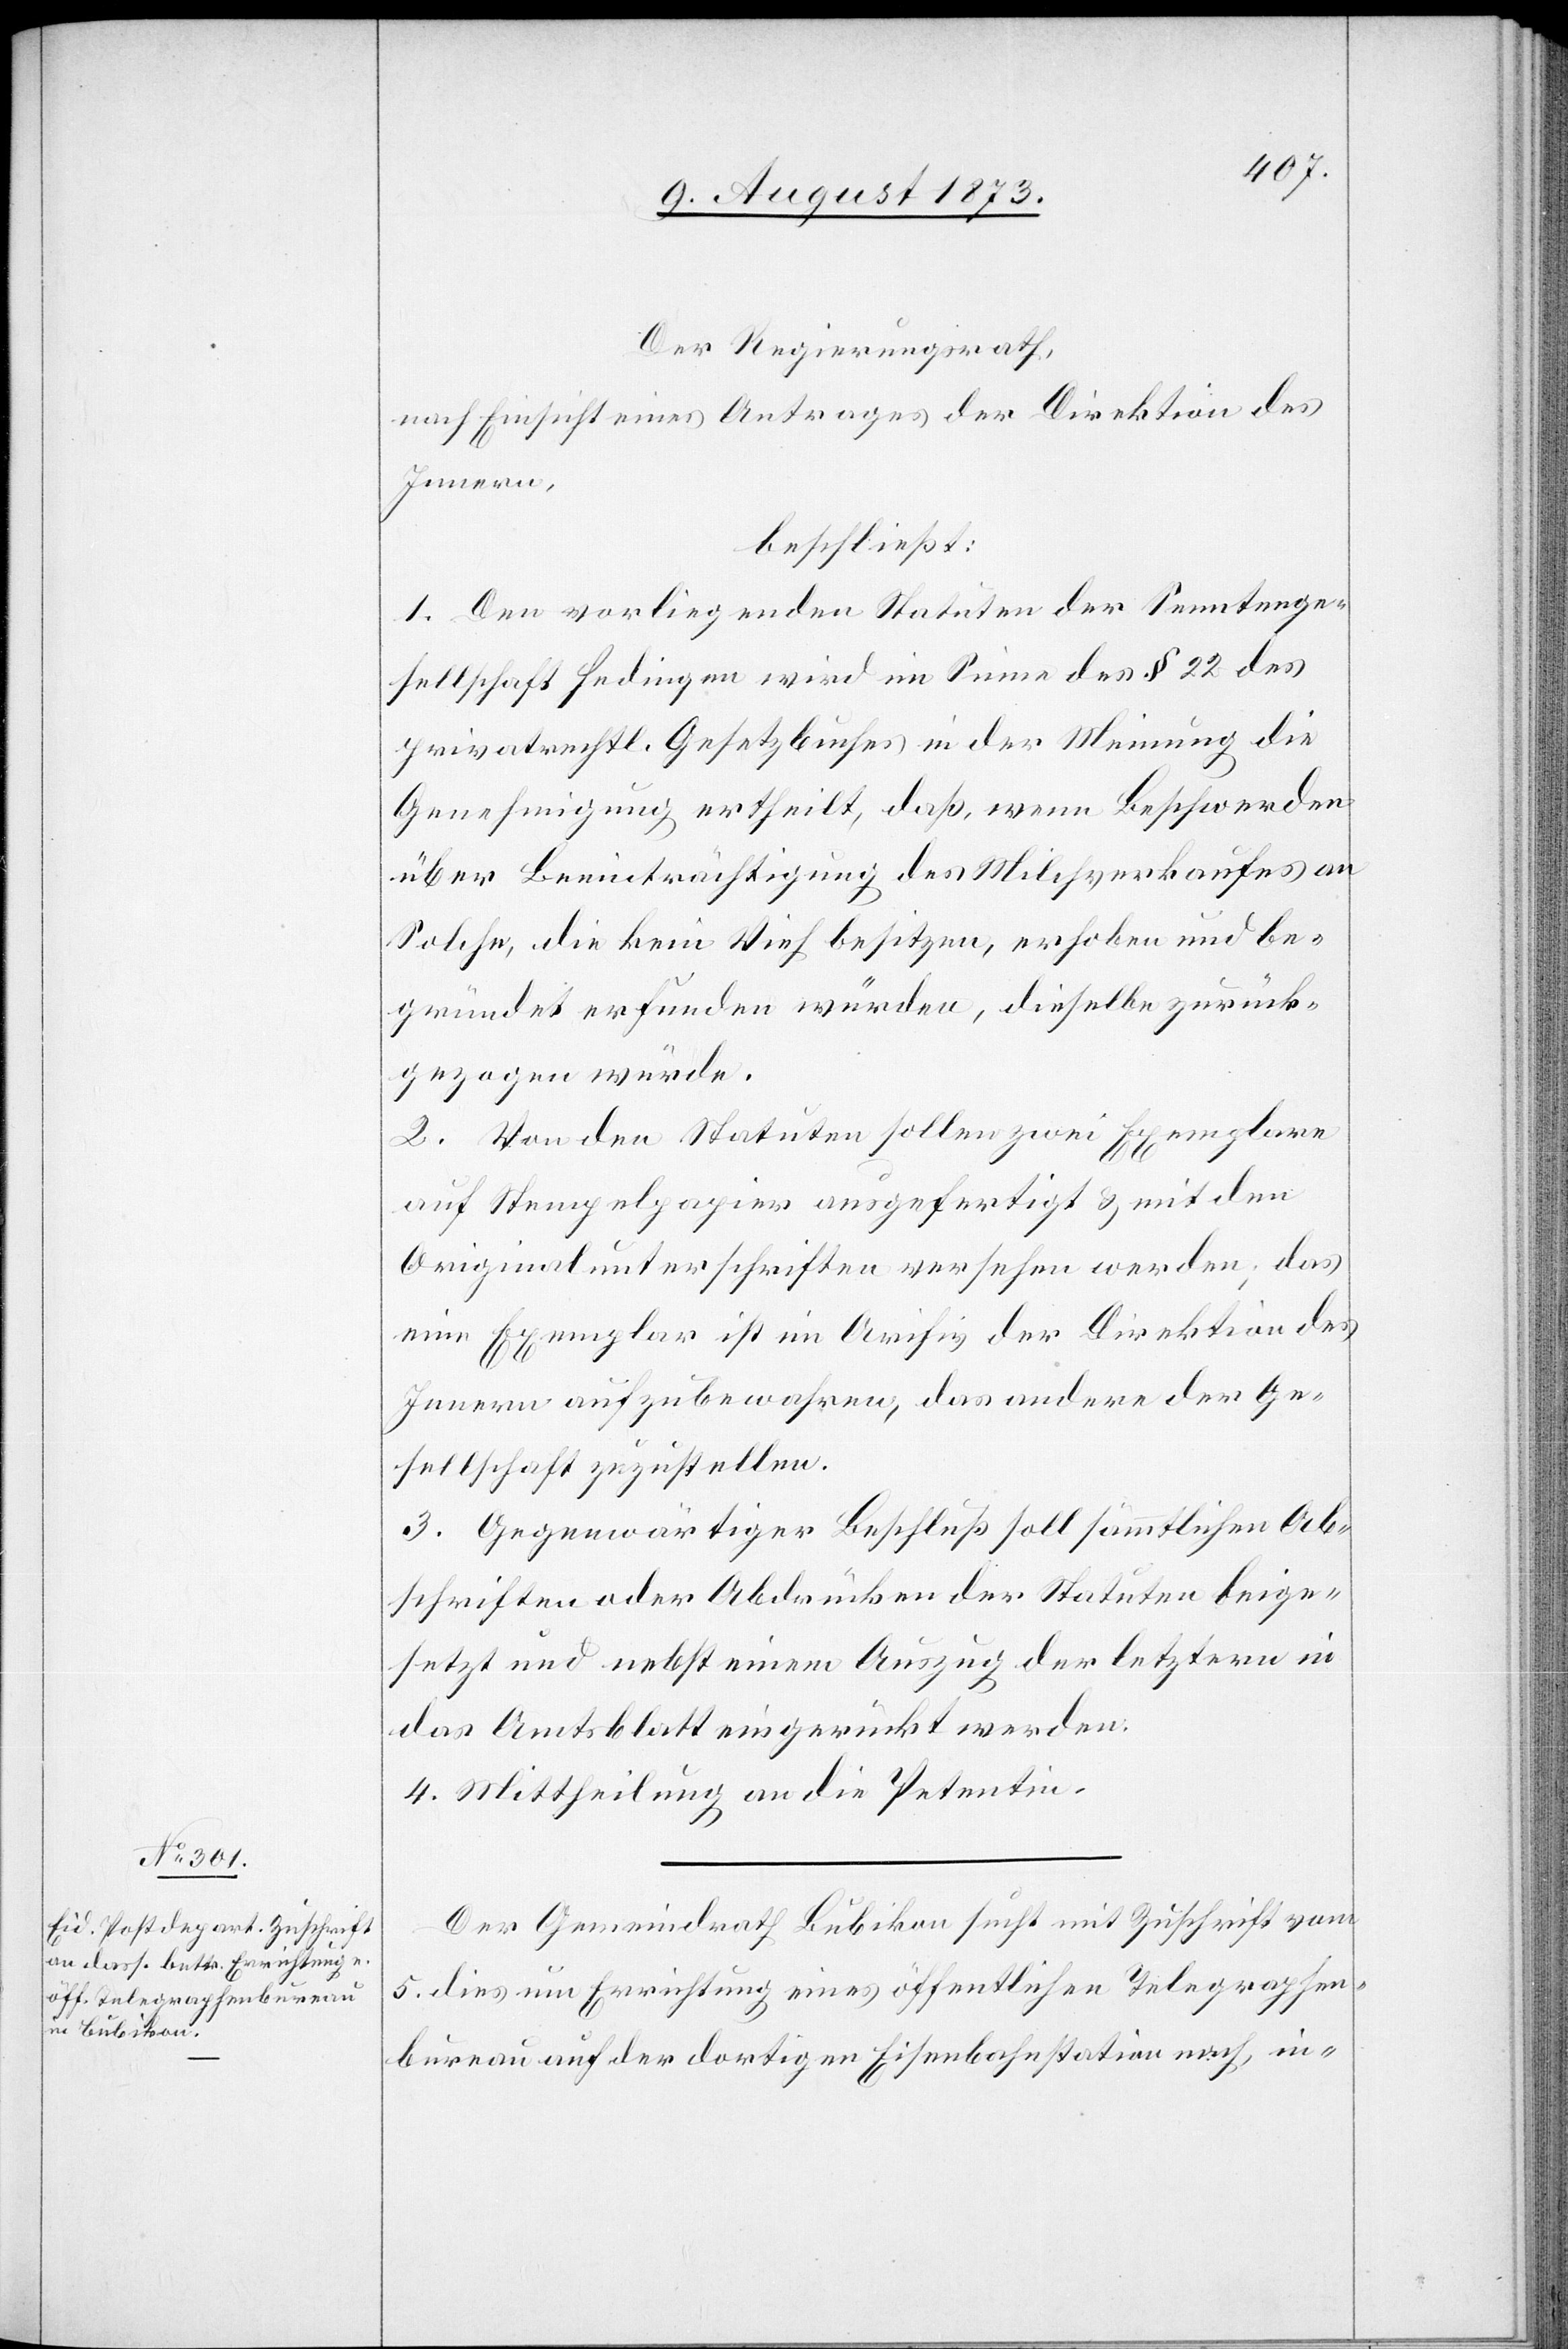
Der Regierungsrath,
nach Einsicht eines Antrages der Direktion des
Innern,
beschließt:
1. Den vorliegenden Statuten der Senntenge¬
sellschaft Hedingen wird im Sinne des § 22 des
privatrechtl. Gesetzbuches in der Meinung die
Genehmigung ertheilt, daß, wenn Beschwerden
über Beeinträchtigung des Milchverkaufes an
Solche, die kein Vieh besitzen, erhoben und be¬
gründet erfunden würden, dieselbe zurück¬
gezogen würde.
2. Von den Statuten sollen zwei Exemplare
auf Stempelpapier ausgefertigt & mit den
Originalunterschriften versehen werden; das
eine Exemplar ist im Archiv der Direktion des
Innern aufzubewahren, das andere der Ge¬
sellschaft zuzustellen.
3. Gegenwärtiger Beschluß soll sämmtlichen Ab¬
schriften oder Abdrücken der Statuten beige¬
setzt und nebst einem Auszug der letztern in
das Amtsblatt eingerückt werden.
4. Mittheilung an die Petentin.
Der Gemeindrath Bubikon sucht mit Zuschrift vom
5. dies um Errichtung eines öffentlichen Telegraphen¬
bureau auf der dortigen Eisenbahnstation nach, in-